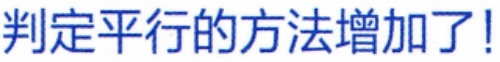
判定平行的方法增加了!